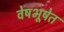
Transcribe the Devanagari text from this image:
वेषभूषेत